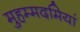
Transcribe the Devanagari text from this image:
मुहम्मदमियां